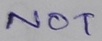
Text: NOT